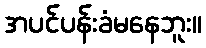
အပင်ပန်းခံမနေဘူး။